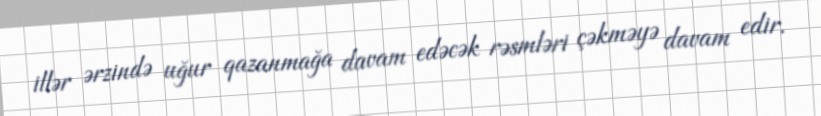
illər ərzində uğur qazanmağa davam edəcək rəsmləri çəkməyə davam edir.